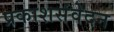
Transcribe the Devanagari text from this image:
प्रकाशसंवेदन